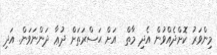
މިންވަރު ކޮށްދެއްވުން އެދި މާތް  އަށް ޙަސްރަތަށް ދުޢާ ދަންނަވަން. އަދި